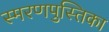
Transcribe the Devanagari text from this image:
स्मरणपुस्तिका